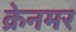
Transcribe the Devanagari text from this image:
क्रेनमर